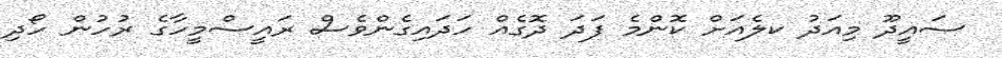
ސައީދޫ މިއަދު ކލެއަށް ކޮންމެ ފަދަ ދޮގެއް ހަދައިގެންވެސް ރައީސްމީހާގެ ރުހުން ހޯދި